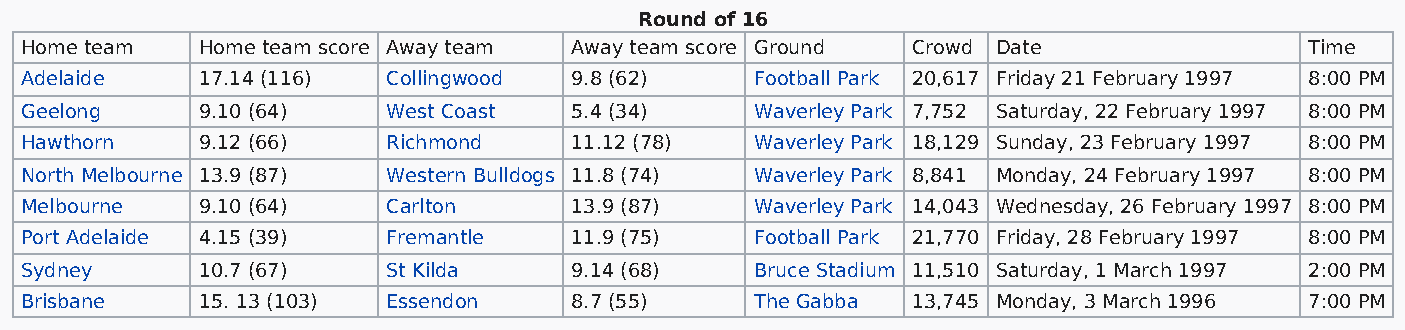
Round of 16
 Home team   Home team score Away team Away team score Ground Crowd Date               Time
 Adelaide    17.14 (116)  Collingwood 9.8 (62)    Football Park 20,617 Friday 21 February 1997 8:00 PM
 Geelong     9.10 (64)    West Coast  5.4 (34)    Waverley Park 7,752 Saturday, 22 February 1997 8:00 PM
 Hawthorn    9.12 (66)    Richmond    11.12 (78)  Waverley Park 18,129 Sunday, 23 February 1997 8:00 PM
 North Melbourne 13.9 (87) Western Bulldogs 11.8 (74) Waverley Park 8,841 Monday, 24 February 1997 8:00 PM
 Melbourne   9.10 (64)    Carlton     13.9 (87)   Waverley Park 14,043 Wednesday, 26 February 1997 8:00 PM
 Port Adelaide 4.15 (39)  Fremantle   11.9 (75)   Football Park 21,770 Friday, 28 February 1997 8:00 PM
 Sydney      10.7 (67)    St Kilda    9.14 (68)   Bruce Stadium 11,510 Saturday, 1 March 1997 2:00 PM
 Brisbane    15. 13 (103) Essendon    8.7 (55)    The Gabba 13,745 Monday, 3 March 1996 7:00 PM